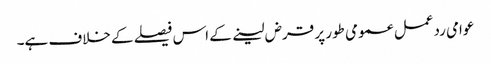
عوامی ردعمل عمومی طور پر قرض لینے کے اس فیصلے کے خلاف ہے۔